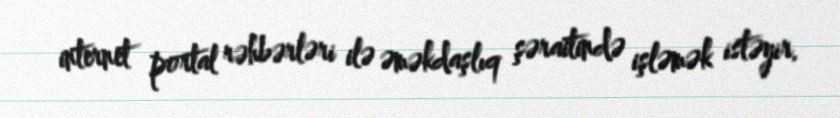
internet portal rəhbərləri ilə əməkdaşlıq şəraitində işləmək istəyir.